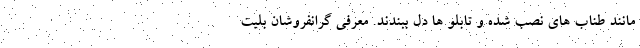
مانند طناب های نصب شده و تابلو ها دل ببندند. معرفی گرانفروشان بلیت